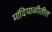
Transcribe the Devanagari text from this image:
मांदियाळीतील